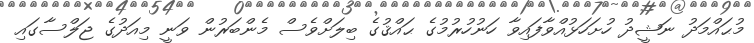
މުޙައްމަދު ނަޝީދު ހުށަހަޅުއްވާފައިވާ ހަނުހުރުމުގެ ޙައްޤުގެ ބިލަށްވެސް މެންބަރުން ވަނީ މިއަދުގެ ޖަލްސާގައި